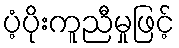
ပံ့ပိုးကူညီမှုဖြင့်